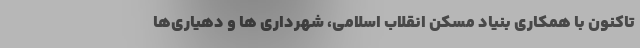
تاکنون با همکاری بنیاد مسکن انقلاب اسلامی، شهرداری ها و دهیاری‌ها